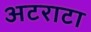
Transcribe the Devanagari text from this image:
अटराटा